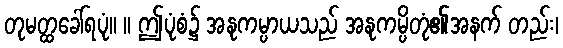
တုမတ္ထခေါ်ရပုံ။ ။ ဤပုံစံ၌ အနုကမ္ပာယသည် အနုကမ္ပိတုံ၏အနက် တည်း၊